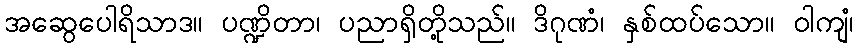
အဆွေပေါရိသာဒ။ ပဏ္ဍိတာ၊ ပညာရှိတို့သည်။ ဒိဂုဏံ၊ နှစ်ထပ်သော။ ဝါကျံ၊